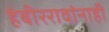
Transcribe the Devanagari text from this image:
हंबीररावांनाही